Report on vaccination in Madras 1922-1929 - 1922-1929
Year: 1922
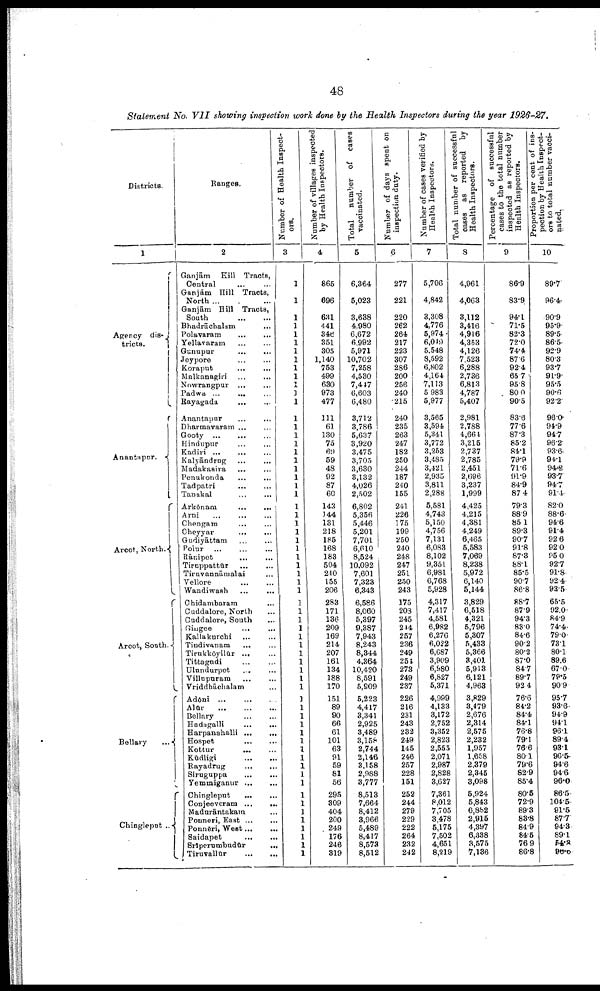
48
Statement No. VII showing inspection work done by the Health Inspectors during the year 1926-27.
Districts.
1
Agency dis¬
tricts.
Anantapur.
Arcot, North.
Arcot, South. -
Bellary
...
Chingleput ...
Ranges.
2
Ganjām Kill Tracts,
Central ... ...
Ganjām Hill Tracts,
North
...
...
Ganjām Hill Tracts,
South
...
...
Bhadrāchalam
...
Polavaram
...
...
Yellavaram
...
...
Gunupur ... ...
Jeypore ... ...
Koraput ... ...
Malkanagiri ...
...
Nowrangpur ...
...
Padwa ...
...
Bayagada ... ...
Anantapur ... ...
Dharmavaram ... ...
Gooty
...
...
...
Hindupur ... ...
Kadiri
...
...
...
Kalyāndrug
...
...
Madakasira ... ...
Penukonda ... ...
Tadpatri ... ...
Tanakal
...
...
Arkōnam
...
...
Ami ...
...
...
Chengam
... ...
Cheyyar
...
...
Gudiyāttam
...
...
Polur
...
...
...
Rānipet
...
...
Tiroppattūr
...
...
Tiruvannāmalai ...
Vellore
...
...
Wandiwash
...
...
Chidambaram
Cuddalore, North ...
Cuddalore, South ...
Gingee
...
...
Kallakurchi
...
...
Tindivanam
... ...
Tirnkkōyilūr ...
Tittagudi
Ulundurpet ... ...
Villupuram ... ...
Vriddhāchalam ...
Adōni
...
...
...
Alūr
...
...
...
Bellary
...
...
Hadagalli
...
...
Harpanahalli ...
...
Hospet
...
...
Kottur
...
...
Kudligi
...
...
Bayadrug
...
...
Siruguppa
...
...
Yeminiganur
...
...
Chingleput
...
...
Conjeeveram
...
...
Madurāntakam ...
Ponneri, East ... ...
Ponneri, West ... ...
Saidapet
...
...
Srīpermbudūr
...
Tiruvallūr
...
...
Number of Health Inspect
ors.
3
1
1
1
1
1
1
1
1
1
1
1
1
1
1
1
1
1
1
1
1
1
1
1
1
1
1
1
1
1
1
1
1
1
1
1
1
1
1
1
1
1
1
1
1
1
1
1
1
1
1
1
1
1
1
1
1
1
1
1
1
1
1
1
1
Number of villages inspected
by Health Inspectors.
4
865
696
631
441
346
351
305
1,140
753
499
630
973
477
111
61
130
75
69
59
48
92
87
60
143
144
131
218
185
168
183
504
240
155
206
283
171
136
209
169
214
207
161
134
188
170
151
89
90
66
61
101
63
91
59
81
56
295
309
404
200
249
176
246
319
Total
number of cases
vaccinated.
5
6,364
5,023
3,638
4,980
6,672
6,992
5,971
10,702
7,258
4,530
7,447
6,603
6,480
3,712
3,786
5,637
3,920
3,475
3,705
3,630
3,132
4,026
2,502
6,802
5,356
5,446
5,201
7,701
6,610
8,524
10,092
7,601
7,323
6,343
6,586
8,060
5,397
9,387
7,943
8,243
8,344
4,364
10,420
8,591
5,809
5,223
4,417
3,341
2,925
3,489
3,158
2,744
2,146
3,158
2,988
3,777
8,513
7,664
8,412
8,966
5,489
8,417
8,573
8,512
Number of days spent on
inspection duty.
6
277
221
220
262
264
217
223
307
286
200
256
240
215
240
235
263
247
182
250
244
187
240
155
241
226
175
199
250
240
248
247
251
250
243
175
203
245
244
257
236
249
254
273
249
237
226
216
231
243
232
249
145
246
257
228
151
252
244
279
229
222
264
232
242
Number of cases verified by
Health Inspectors.
7
5,706
4,842
3,308
4,776
5,974
6,010
5,548
8,592
6,802
4,164
7,113
5,983
5,977
3,565
3,594
5,341
3,772
3,253
3,485
3,421
2,935
3,811
2,288
5,581
4,743
5,150
4,756
7,131
6,083
8,102
9,351
6,981
6,768
5,928
4,317
7,417
4,581
6,982
6,276
6,022
6,687
3,909
6,980
6,827
5,371
4,999
4,133
3,172
2,752
3,352
2,823
2,555
2,071
2,987
2,828
3,627
7,361
8,012
7,705
3,478
5,175
7,502
4,651
8,219
Total number of successful
cases as reported by
Health Inspectors.
8
4,961
4,063
3,112
3,416
4,916
4,363
4,126
7,523
6,288
2,736
6,813
4,787
5,407
2,981
2,788
4,664
3,215
2,737
2,785
2,451
2,696
3,237
1,999
4,425
4,215
4,381
4,249
6,465
6,583
7,069
8,238
5,972
6,140
5,144
3,829
6,518
4,321
5,796
5,307
5,433
5,366
8,401
5,913
6,121
4,963
3,829
8,479
2,676
2,314
2,575
2,232
1,957
1,658
2,379
2,345
3,098
5,924
5,843
6,882
2,916
4,397
6,338
3,575
7,186
Percentage of successful
cases to the total number
inspected as reported by
Health Inspectors.
9
86.9
83.9
94.1
71.5
82.3
72.0
74.4
87.6
92.4
65.7
95.8
80.0
90.5
83.6
77.6
87.3
85.2
84.1
79.9
71.6
91.9
84.9
87.4
79.3
88.9
85.1
89.3
90.7
91.8
87.3
88.1
85.5
90.7
86.8
88.7
87.9
94.3
83.0
84.6
90.2
80.2
87.0
84.7
89.7
92.4
76.6
84.2
84.4
84.1
76.8
79.1
76.6
80.1
79.6
82.9
85.4
80.5
72.9
89.3
88.8
84.9
84.5
76.9
86.8
Proportion per cent of ins
pection by Health Inspect
ors to total number vacci
nated.
10
89.7
96.4
90.9
95.9
89.5
86.5
92.9
80.3
93.7
91.9
95.5
90.6
92.2
96.0
94.9
94.7
96.2
93.6
94.1
94.4
93.7
94.7
91.4
82.0
88.6
94.6
91.4
92.6
92.0
95.0
92.7
91.8
92.4
93.5
65.5
92.0
84.9
74.4
79.0
73.1
80.1
89.6
67.0
79.5
90.9
95.7
93.6
94.9
94.1
96.1
89.4
93.1
96.5
94.6
94.6
96.0
86.5
104.5
91.6
87.7
94.3
89.1
54.3
96.6